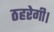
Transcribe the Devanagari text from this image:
ठहरेगी।